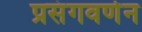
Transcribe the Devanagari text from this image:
प्रसंगवर्णन